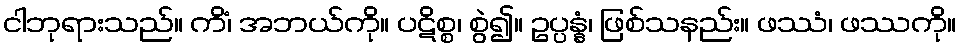
ငါဘုရားသည်။ ကိံ၊ အဘယ်ကို။ ပဋိစ္စ၊ စွဲ၍။ ဥပ္ပန္နံ၊ ဖြစ်သနည်း။ ဖဿံ၊ ဖဿကို။